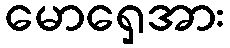
မောရှေအား